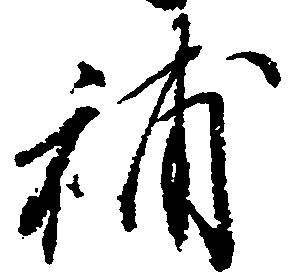
補